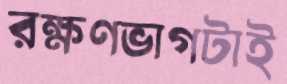
রক্ষণভাগটাই